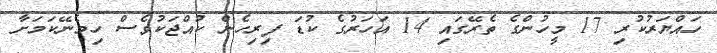
ހައްޔަރުކުރި 17 މީހުންގެ ތެރޭގައި 14 އަހަރުގެ ކުޑަ ފިރިހެން ކުއްޖަކުވެސް ހިމެނޭކަމަށާ